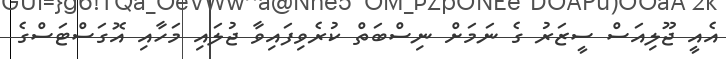
އެއީ ޖޫލިއަސް ސީޒަރު ގެ ނަމަށް ނިސްބަތް ކުރެވިފައިވާ ޖުލައި މަހާއި އޮގަސްޓަސްގެ